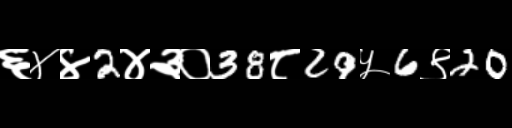
Text: ६४४2४३०38८29५6९20